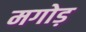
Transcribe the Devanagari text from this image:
मगोड़